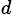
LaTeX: ^d